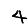
Digit: 4